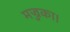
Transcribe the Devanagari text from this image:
मज्जका।